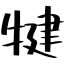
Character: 犍